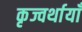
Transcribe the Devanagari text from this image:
कृज्वर्थायाँ